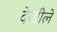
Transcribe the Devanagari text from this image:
देखीले